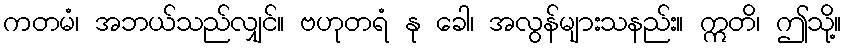
ကတမံ၊ အဘယ်သည်လျှင်။ ဗဟုတရံ နု ခေါ၊ အလွန်များသနည်း။ ဣတိ၊ ဤသို့။